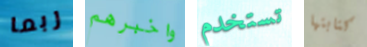
ربما واخبرهم تستخدم كتابتها